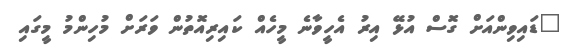
"ޑައިވިންއަށް ގޮސް އުޅޭ އިރު އެހީވާނެ މީހެއް ކައިރިއޮތުން ވަރަށް މުހިންމު މީގައި